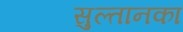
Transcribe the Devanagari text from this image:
सुल्तानका